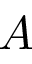
A